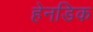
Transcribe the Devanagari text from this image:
हेनडिक